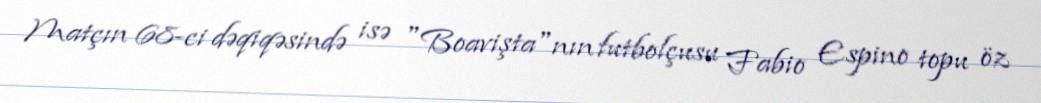
Matçın 68-ci dəqiqəsində isə "Boavişta"nın futbolçusu Fabio Espino topu öz